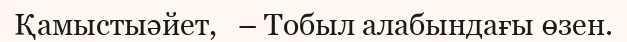
Қамыстыәйет,   – Тобыл алабындағы өзен.